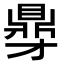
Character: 𮮥